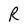
Character: R